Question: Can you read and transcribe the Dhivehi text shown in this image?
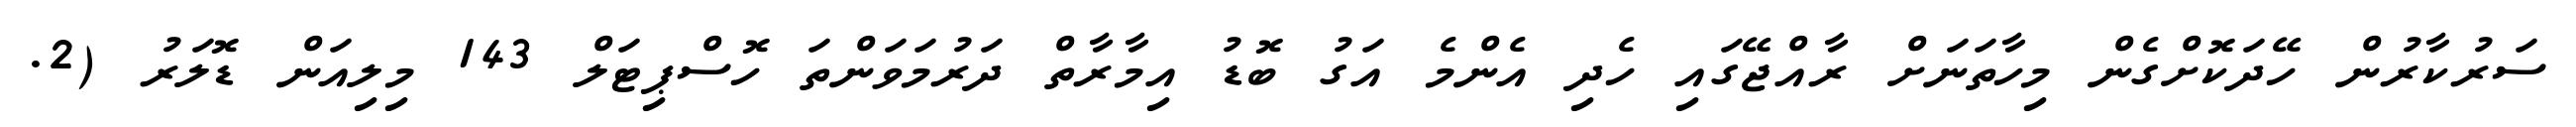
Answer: ސަރުކާރުން ހޭދަކޮށްގެން މިހާތަނަށް ރާއްޖޭގައި ހެދި އެންމެ އަގު ބޮޑު އިމާރާތް ދަރުމަވަންތަ ހޮސްޕިޓަލް 143 މިލިއަން ޑޮލަރު (2.